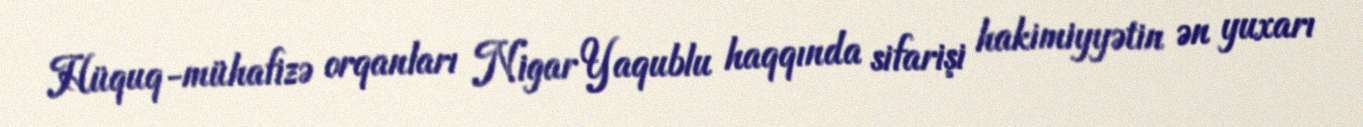
Hüquq-mühafizə orqanları Nigar Yaqublu haqqında sifarişi hakimiyyətin ən yuxarı